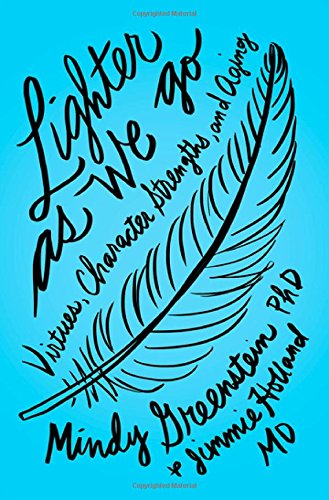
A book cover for Lighter as We Go: Virtues, Character Strengths, and Aging; Mindy Greenstein; Politics & Social Sciences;